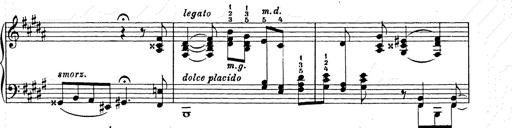
Title: Ballade No.2
Composer: Jan Skrzydlewski
Key: B minor